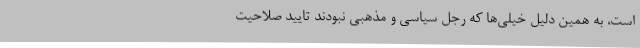
است، به همین دلیل خیلی‌ها که رجل سیاسی و مذهبی نبودند تایید صلاحیت